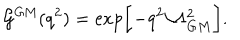
{ \cal G } ^ { \mathrm { G M } } ( q ^ { 2 } ) = \exp \biggl [ - q ^ { 2 } / \Lambda _ { G M } ^ { 2 } \biggr ] .